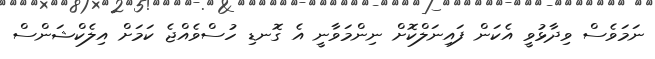
ނަމަވެސް ވިދާޅުވީ އެކަން ފައިނަލްކޮށް ނިންމަވާނީ އެ ގޮނޑި ހުސްވެއްޖެ ކަމަށް އިލެކްޝަންސް